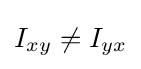
I_{xy}\neq I_{yx}